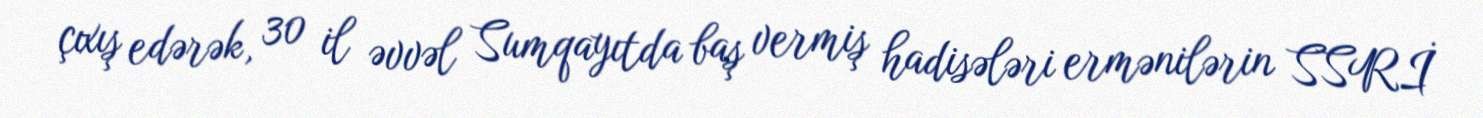
çıxış edərək, 30 il əvvəl Sumqayıtda baş vermiş hadisələri ermənilərin SSRİ